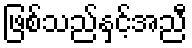
ဖြစ်သည်နှင့်အညီ